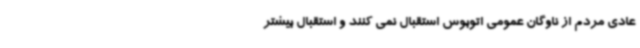
عادی مردم از ناوگان عمومی اتوبوس استقبال نمی کنند و استقبال بیشتر